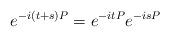
LaTeX: \begin{align*} e^{-i(t+s)P}= e^{-itP}e^{-isP}\end{align*}